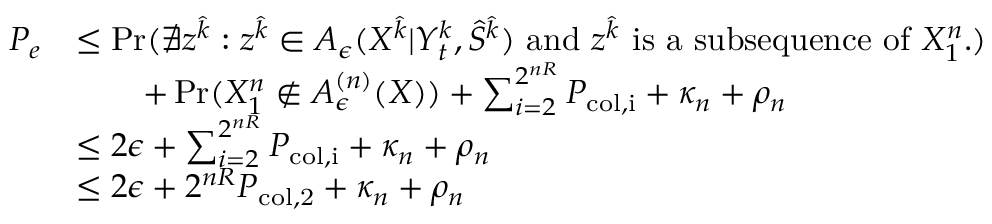
\begin{array} { r l } { P _ { e } } & { \le \operatorname* { P r } ( \nexists { z } ^ { \hat { k } } : { z } ^ { \hat { k } } \in A _ { \epsilon } ( X ^ { \hat { k } } | Y _ { t } ^ { k } , \hat { S } ^ { \hat { k } } ) \mathrm { ~ a n d ~ } { z } ^ { \hat { k } } \mathrm { ~ i s ~ a ~ s u b s e q u e n c e ~ o f ~ } X _ { 1 } ^ { n } . ) } \\ & { \qquad + \operatorname* { P r } ( X _ { 1 } ^ { n } \notin A _ { \epsilon } ^ { ( n ) } ( X ) ) + \sum _ { i = 2 } ^ { 2 ^ { n R } } P _ { \mathrm { c o l , i } } + \kappa _ { n } + \rho _ { n } } \\ & { \le 2 \epsilon + \sum _ { i = 2 } ^ { 2 ^ { n R } } P _ { \mathrm { c o l , i } } + \kappa _ { n } + \rho _ { n } } \\ & { \le 2 \epsilon + 2 ^ { n R } P _ { \mathrm { c o l , 2 } } + \kappa _ { n } + \rho _ { n } } \end{array}